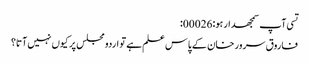
تسی آپ سمجھدار ہو:00026:
فاروق سرور خان کے پاس علم ہے تو اردو مجلس پر کیوں نہیں آتا؟